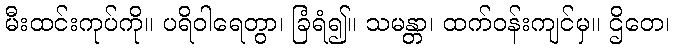
မီးထင်းကုပ်ကို။ ပရိဝါရေတွာ၊ ခြံရံ၍။ သမန္တာ၊ ထက်ဝန်းကျင်မှ။ ဌိတေ၊